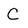
Character: C